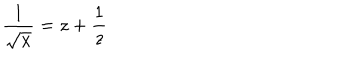
LaTeX: \frac { 1 } { \sqrt x } = z + \frac { 1 } { z }